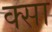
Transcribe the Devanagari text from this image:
क्सा